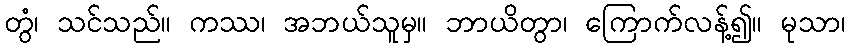
တွံ၊ သင်သည်။ ကဿ၊ အဘယ်သူမှ။ ဘာယိတွာ၊ ကြောက်လန့်၍။ မုသာ၊